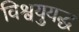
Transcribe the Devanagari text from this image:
विश्वयुयद्ध